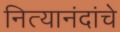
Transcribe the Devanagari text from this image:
नित्यानंदांचे